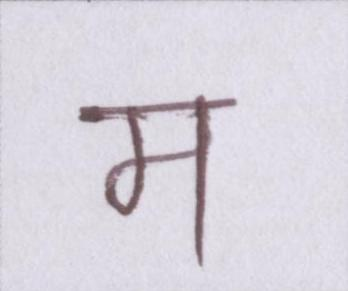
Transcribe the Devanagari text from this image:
म